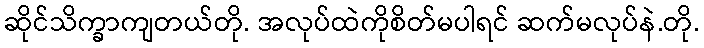
ဆိုင်သိက္ခာကျတယ်တို. အလုပ်ထဲကိုစိတ်မပါရင် ဆက်မလုပ်နဲ.တို.